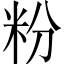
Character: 粉